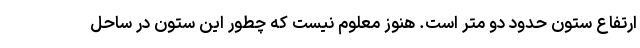
ارتفاع ستون حدود دو متر است. هنوز معلوم نیست که چطور این ستون در ساحل